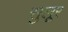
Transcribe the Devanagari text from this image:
सुलूर